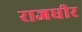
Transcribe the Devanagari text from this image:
राजधीर